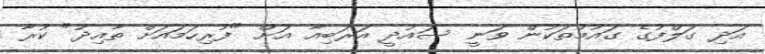
އަދި ގަލްފުގެ ގައުމުތަކުން ވަނީ ސައުދީ އަރަބިއާ އަށް "ފުރިހަމައަށް ތާއިދު" ކުރާ